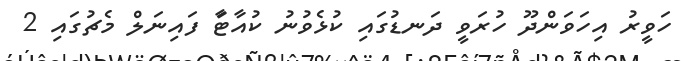
ހަވީރު އިހަވަންދޫ ހުރަވީ ދަނޑުގައި ކުޅެވުނު ކުއާޓަާ ފައިނަލް މެޗުގައި 2